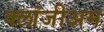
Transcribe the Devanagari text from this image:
क्लांजीअम